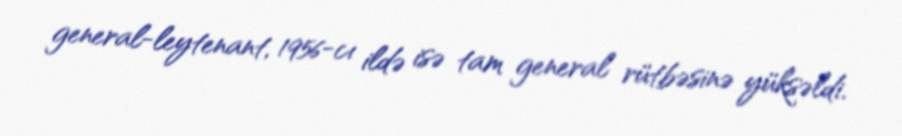
general-leytenant, 1956-cı ildə isə tam general rütbəsinə yüksəldi.